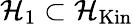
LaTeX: {\mathcal{H}}_{1}\subset{\mathcal{H}}_{\mathrm{Kin}}